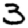
Digit: 3